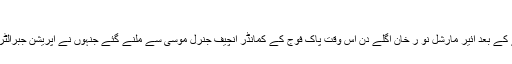
65ء کی جنگ کا کچھ احوال
23جولائی کو قیادت سنبھالنے کے بعد ائیر مارشل نو ر خان اگلے دن اس وقت پاک فوج کے کمانڈر انچیف جنرل موسیٰ سے ملنے گئے جنہوں نے آپریشن جبرالٹر شروع کرنے کی تصدیق کی۔